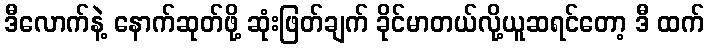
ဒီလောက်နဲ့ နောက်ဆုတ်ဖို့ ဆုံးဖြတ်ချက် ခိုင်မာတယ်လို့ယူဆရင်တော့ ဒီ ထက်